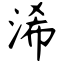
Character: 浠